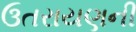
ઉતરાયણની